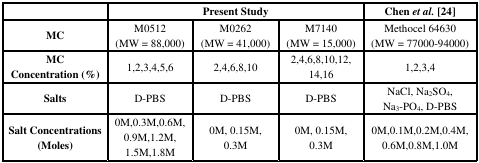
|  | <COLSPAN=3> Present Study | Chenet al. [24] |
 | --- | --- | --- | --- | --- |
 | MC | M0512 (MW = 88,000) | M0262 (MW = 41,000) | M7140 (MW = 15,000) | Methocel 64630 (MW = 77000-94000) |
 | MCConcentration (%) | 1,2,3,4,5,6 | 2,4,6,8,10 | 2,4,6,8,10,12,14,16 | 1,2,3,4 |
 | Salts | D-PBS | D-PBS | D-PBS | NaCl, Na2SO4, Na3-PO4, D-PBS |
 | Salt Concentrations (Moles) | 0M,0.3M,0.6M,0.9M,1.2M,1.5M,1.8M | 0M, 0.15M, 0.3M | 0M, 0.15M, 0.3M | 0M,0.1M,0.2M,0.4M,0.6M,0.8M,1.0M |